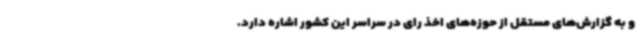
و به گزارش‌های مستقل از حوزه‌های اخذ رای در سراسر این کشور اشاره دارد.